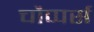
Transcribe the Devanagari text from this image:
चौप्पर्स